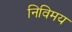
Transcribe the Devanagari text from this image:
निविमय